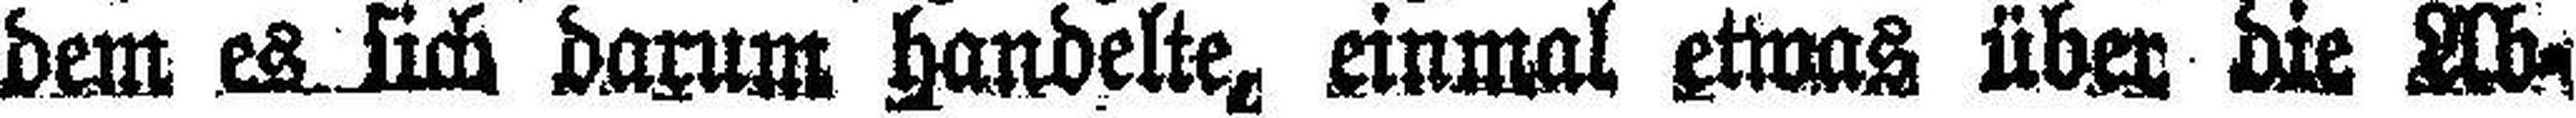
dem es sich darum handelte, einmal etwas über die Ab¬